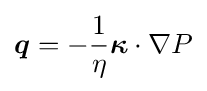
{\boldsymbol {q}}=-{\frac {1}{\eta }}{\boldsymbol {\kappa }}\cdot \nabla P